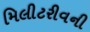
મિલીટરીવની